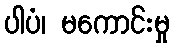
ပါပံ၊ မကောင်းမှု